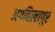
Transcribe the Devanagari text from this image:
अगहिल्लपुर